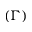
( \Gamma )